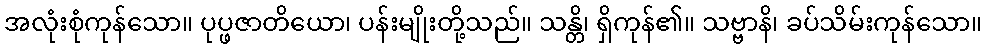
အလုံးစုံကုန်သော။ ပုပ္ဖဇာတိယော၊ ပန်းမျိုးတို့သည်။ သန္တိ၊ ရှိကုန်၏။ သဗ္ဗာနိ၊ ခပ်သိမ်းကုန်သော။